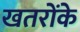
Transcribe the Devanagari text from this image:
खतरोंके